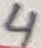
Text: 4